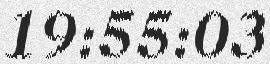
19:55:03